Newspaper: The morning times. [volume]
Place of publication: Washington, D.C.
Publisher: Washington Times Co.
Date: 1895-07-19 00:00:00
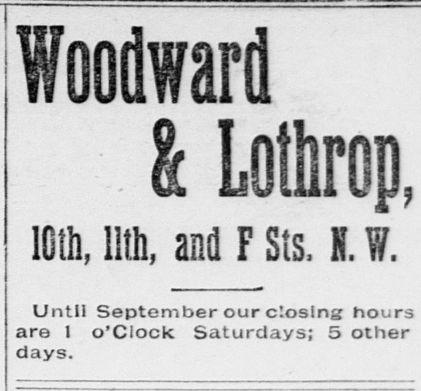
Advertisement text (OCR):
10th, Hth, and F Sts. I. W. Until September our closing hours are 1 o'clock Saturdays; 5 other days.
Label: text-only